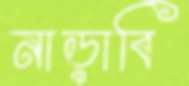
নাড়াবি